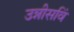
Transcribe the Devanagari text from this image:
उन्नीसविं